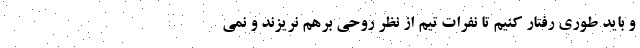
و باید طوری رفتار کنیم تا نفرات تیم از نظر روحی برهم نریزند و نمی